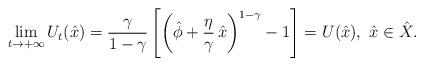
LaTeX: \begin{align*}\lim_{t \to +\infty} U_t(\hat{x})=\frac{\gamma}{1-\gamma}\left[\left(\hat{\phi} +\frac{\eta}{\gamma}\,\hat{x}\right)^{1-\gamma}-1\right]=U(\hat{x}), \ \hat{x} \in \hat{X}.\end{align*}